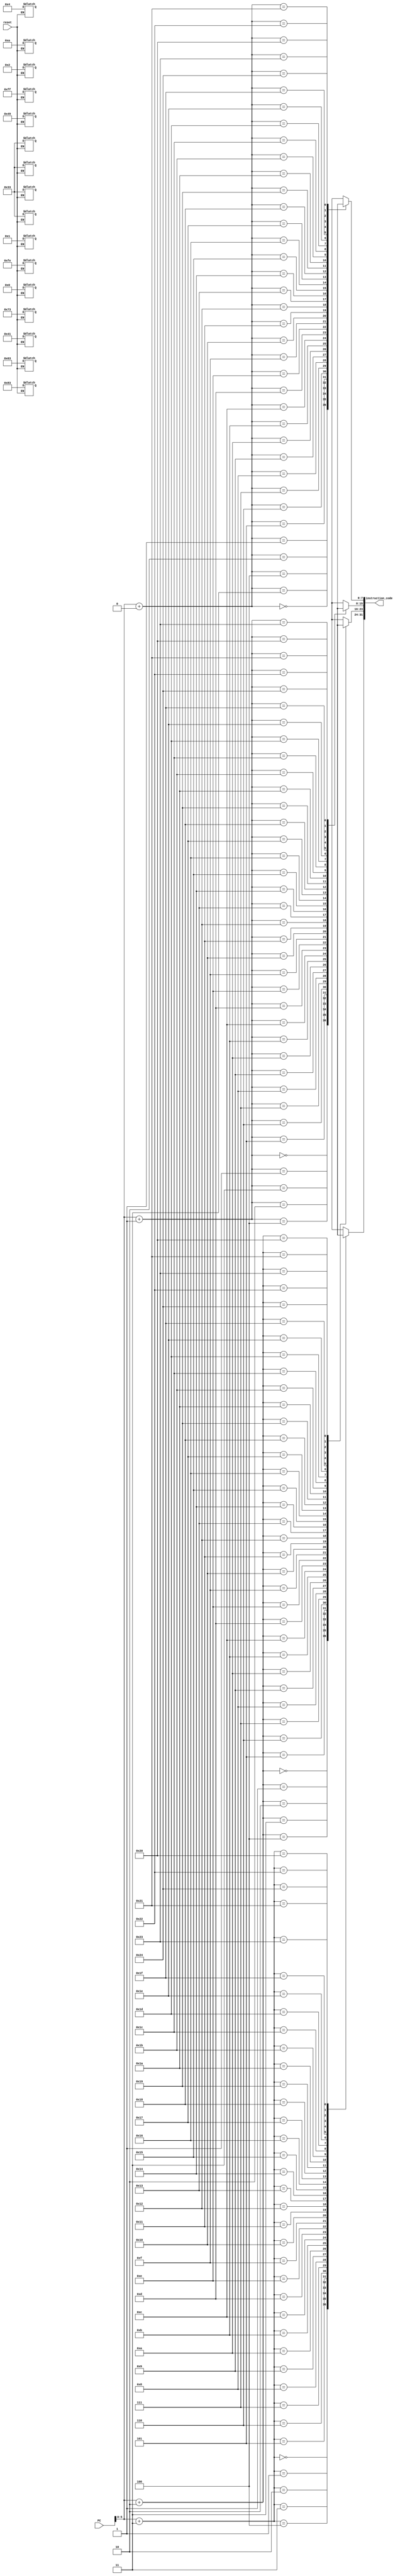
module instruction_memory (
	input [31:0] PC,
	input reset,
	output [31:0] instruction_code
);

reg [7:0]mem[36:0];

assign instruction_code = {mem[PC+3], mem[PC+2], mem[PC+1], mem[PC+0]};

always @(reset) begin 
	if(!reset) begin 
		mem[3] = 8'h01; mem[2] = 8'h49; mem[1] = 8'h83; mem[0] = 8'h33;
		mem[7] = 8'h02; mem[6] = 8'h73; mem[5] = 8'h04; mem[4] = 8'h33;
		mem[11] = 8'h41; mem[10] = 8'hff; mem[9] = 8'h0a; mem[8] = 8'h33;
		mem[15] = 8'h00; mem[14] = 8'h63; mem[13] = 8'hfe; mem[12] = 8'h33;
	end
end

endmodule